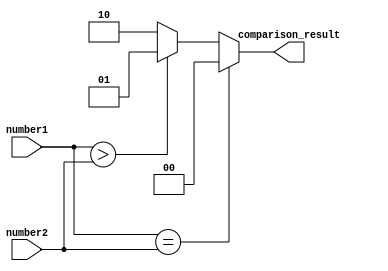
module fixed_point_comparator (
    input signed [7:0] number1,
    input signed [7:0] number2,
    output reg [1:0] comparison_result
);

assign comparison_result = (number1 == number2) ? 2'b00 :
                           (number1 > number2) ? 2'b01 :
                           2'b10;

endmodule